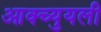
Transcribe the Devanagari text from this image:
आक्च्युयली